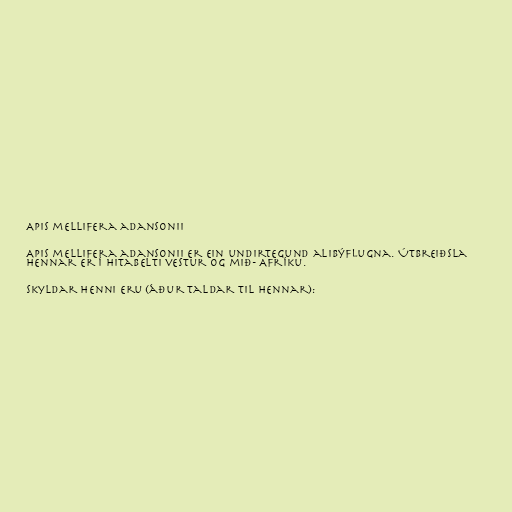
Apis mellifera adansonii

Apis mellifera adansonii er ein undirtegund alibýflugna. Útbreiðsla
hennar er í hitabelti vestur og mið- Afríku.

Skyldar henni eru (áður taldar til hennar):